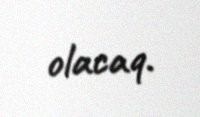
olacaq.